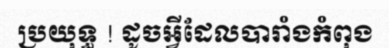
ប្រយុទ្ធ ! ដូចអ្វីដែលបារាំងកំពុង